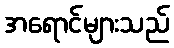
အရောင်များသည်